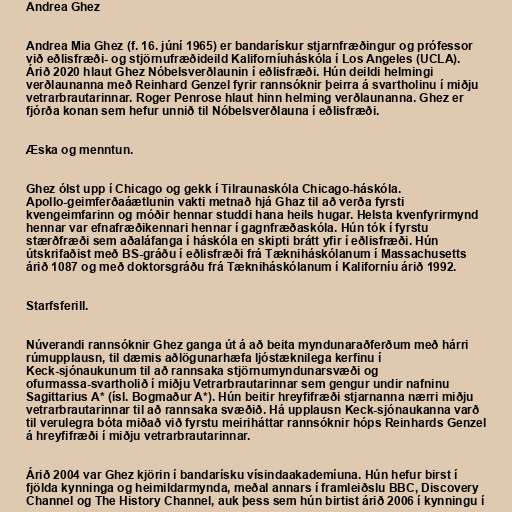
Andrea Ghez

Andrea Mia Ghez (f. 16. júní 1965) er bandarískur stjarnfræðingur og prófessor
við eðlisfræði- og stjörnufræðideild Kaliforníuháskóla í Los Angeles (UCLA).
Árið 2020 hlaut Ghez Nóbelsverðlaunin í eðlisfræði. Hún deildi helmingi
verðlaunanna með Reinhard Genzel fyrir rannsóknir þeirra á svartholinu í miðju
vetrarbrautarinnar. Roger Penrose hlaut hinn helming verðlaunanna. Ghez er
fjórða konan sem hefur unnið til Nóbelsverðlauna í eðlisfræði.

Æska og menntun.

Ghez ólst upp í Chicago og gekk í Tilraunaskóla Chicago-háskóla.
Apollo-geimferðaáætlunin vakti metnað hjá Ghaz til að verða fyrsti
kvengeimfarinn og móðir hennar studdi hana heils hugar. Helsta kvenfyrirmynd
hennar var efnafræðikennari hennar í gagnfræðaskóla. Hún tók í fyrstu
stærðfræði sem aðaláfanga í háskóla en skipti brátt yfir í eðlisfræði. Hún
útskrifaðist með BS-gráðu í eðlisfræði frá Tækniháskólanum í Massachusetts
árið 1087 og með doktorsgráðu frá Tækniháskólanum í Kaliforníu árið 1992.

Starfsferill.

Núverandi rannsóknir Ghez ganga út á að beita myndunaraðferðum með hárri
rúmupplausn, til dæmis aðlögunarhæfa ljóstæknilega kerfinu í
Keck-sjónaukunum til að rannsaka stjörnumyndunarsvæði og
ofurmassa-svartholið í miðju Vetrarbrautarinnar sem gengur undir nafninu
Sagittarius A* (ísl. Bogmaður A*). Hún beitir hreyfifræði stjarnanna nærri miðju
vetrarbrautarinnar til að rannsaka svæðið. Há upplausn Keck-sjónaukanna varð
til verulegra bóta miðað við fyrstu meiriháttar rannsóknir hóps Reinhards Genzel
á hreyfifræði í miðju vetrarbrautarinnar.

Árið 2004 var Ghez kjörin í bandarísku vísindaakademíuna. Hún hefur birst í
fjölda kynninga og heimildarmynda, meðal annars í framleiðslu BBC, Discovery
Channel og The History Channel, auk þess sem hún birtist árið 2006 í kynningu í